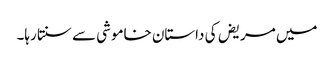
میں مریض کی داستان خاموشی سے سنتا رہا۔